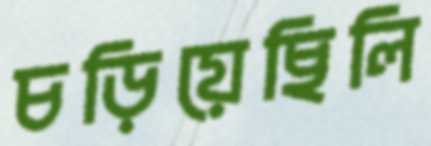
চড়িয়েছিলি